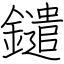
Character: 鑓